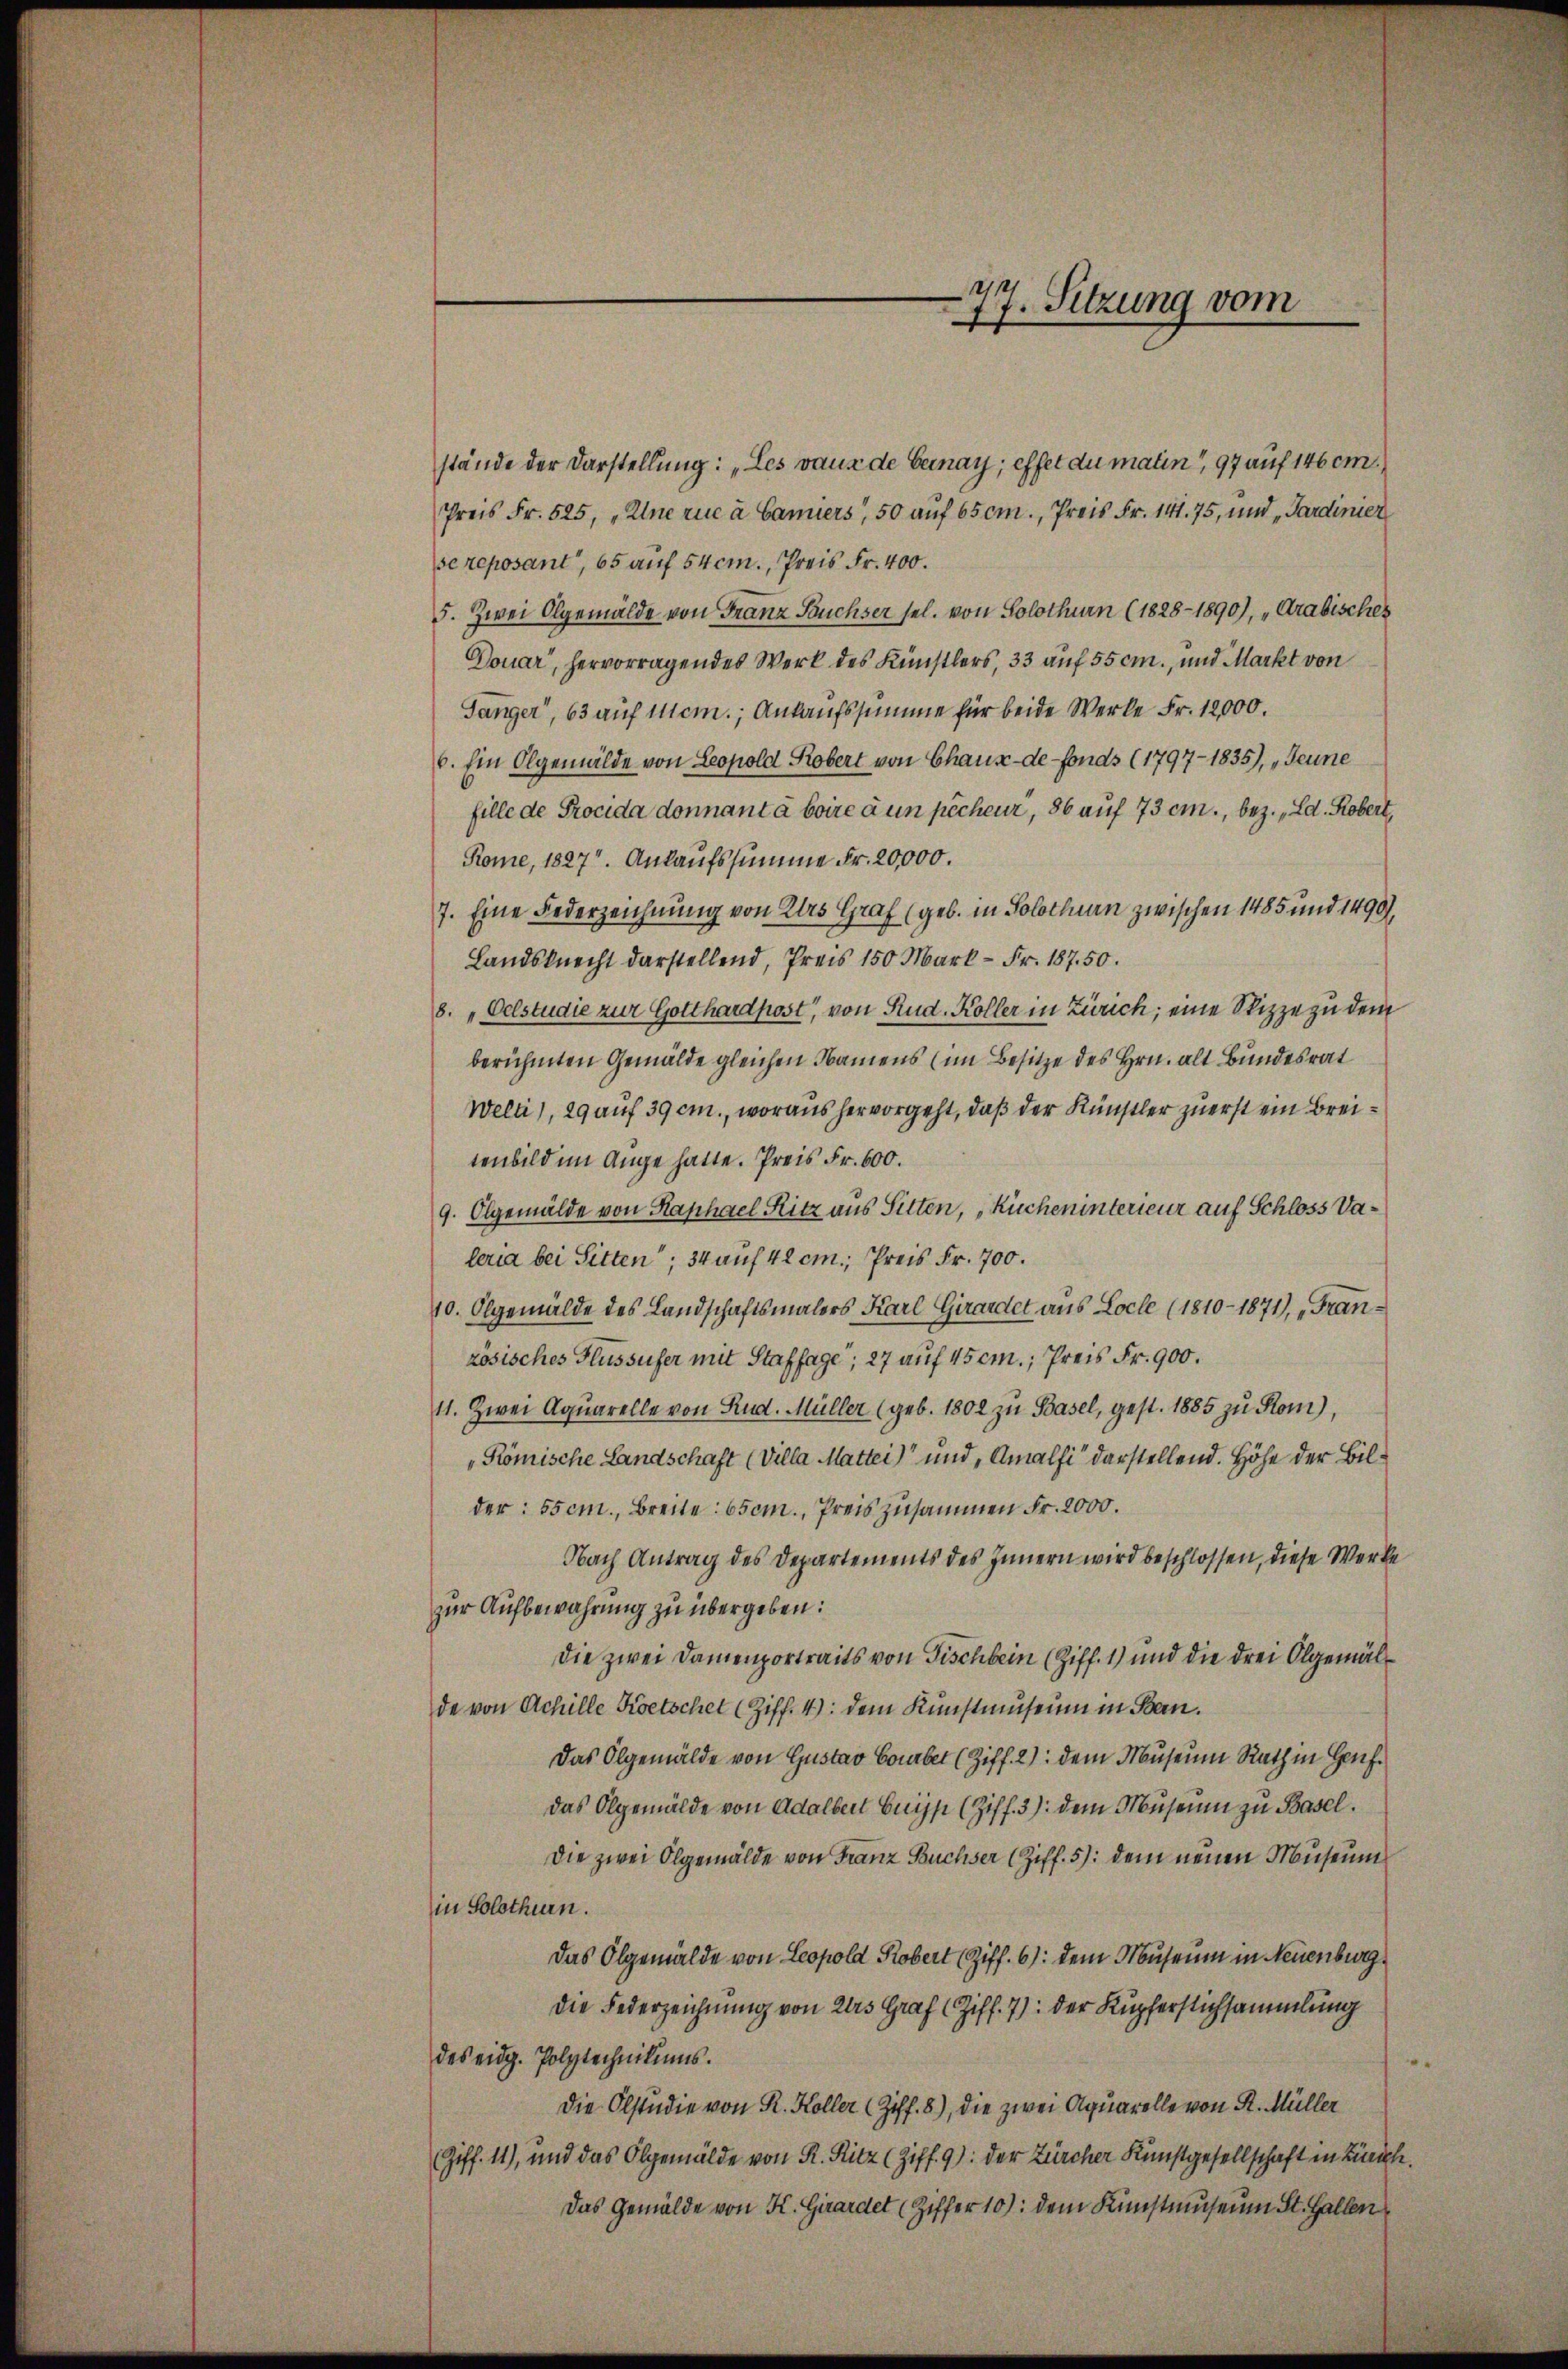
stände der Darstellung: „Les raus de Gemay; effet du marin, 97 auf 146 cm
Preis Fr. 525, „Une rue à Canniers“, 50 auf 65 cm., Preis Fr. 141. 75, und „Pardinier
se reposant, 65 auf 54 cm., Preis Fr. 400.
5. Zwei Olgemälde von Franz Fuchser sel. von Solothurn (1828-1890), „Arabisches
Douar, hervorragendes Werk des Künstlers, 33 auf 55 cm., und Markt von
Sänger, 63 auf Mem; Ankaufssumme für beide Werke Fr. 12,000.
6. Ein Olgemälde von Leopold Robert von Chaux-de-Fonds (1797-1835), „Jeune
fille de Procida donnant à boire à un pècheur, 86 auf 73 cm., bez. „Ld. Robert,
Rome, 1827. Ankaufssumme Fr. 20,000.
7. Eine Federzeichnung von Ales Graf (geb. in Solothurn zwischen 1485 und 1490),
Landsknecht darstellend, Preis 150 Mark - Fr. 187. 50.
8. „Oelstudie zur Gotthardpost", von Rud. Koller in Zürich; eine Skizze zu dem
berühmten Gemälde gleichen Namens (im Besitze des Hrn. alt Bundesrat
Welti), 29 auf 39 cm., woraus hervorgeht, daß der Künstler zuerst ein Breitenbild im Auge hatte. Preis Fr. 600.
9. Olgemälde von Kaphael Ritz aus Sitten, „Kücheninterieur auf Schloss Valeria bei Sitten; 34 auf 42 cm., Preis Fr. 700.
10. Olgemälde des Landschaftsmalers Karl Girardet aus Locle (1810-1871), „Französisches Flussufer mit Staffage“, 27 auf 45 cm.; Preis Fr. 900.
11. Zwei Aquarelle von Rud. Müller (geb. 1802 zu Basel, gest. 1885 zu Rom),
Römische Landschaft (Villa Mattei) und, Amalfi darstellend. Höhe der Bilder: sscm., Breite: bscm., Preis zusammen Fr. 2000.
Nach Antrag des Departements des Innern wird beschlossen, diese Werke
zur Aufbewahrung zu übergeben:
Die zwei Damenportraits von Fischbein (Ziff. 1) und die drei Algemäl
de von Achille Kretschet (Ziff. 4): dem Kunstmuseum in Bern.
Das Olgemälde von Gustav Courber (Ziff. 2): dem Museum Rath in Hanfdas Olgemälde von Adalbert Burgs (Ziff. 3) dem Museum zu Basel.
Die zwei Algemälde von Franz Buchser (Ziff. 5) dem neuen Museum
in Solothurn.
Das Olgemälde von Leopold Robert (Ziff. 6): dem Museum in Neuenburg
die Federzeichnung von das Graf (Ziff. 7): der Kupferstichsammlung
des eidg. Polytechnikums.
Die Olstudie von R. Koller (Ziff. 8), die zwei Aquarelle von R. Müller
(Ziff. 11), und das Olgemälde von R. Ritz (Ziff. 9): der Zürcher Kunstgesellschaft in Zürch.
Das Gemälde von K. Girardet (Ziffer 10): dem Kunstmuseum St. Gallen

77. Sitzung vom